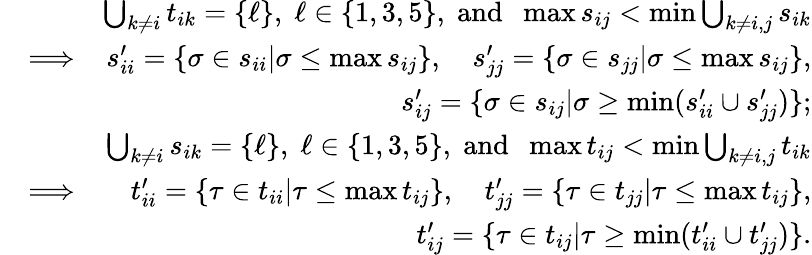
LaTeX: \begin{array}{rlr}&{}&{\bigcup_{k\neq i}t_{ik}=\{ \ell\} ,\; \ell\in\{ 1,3,5\} ,\; \mathrm{and}\; \; \operatorname*{max}s_{ij}<\operatorname*{min}\bigcup_{k\neq i,j}s_{ik}}\\ &{\Longrightarrow}&{s_{ii}^{\prime}=\{ \sigma\in s_{ii}|\sigma\le\operatorname*{max}s_{ij}\} ,\quad s_{jj}^{\prime}=\{ \sigma\in s_{jj}|\sigma\le\operatorname*{max}s_{ij}\} ,}\\ &{}&{s_{ij}^{\prime}=\{ \sigma\in s_{ij}|\sigma\ge\operatorname*{min}(s_{ii}^{\prime}\cup s_{jj}^{\prime})\} ;}\\ &{}&{\bigcup_{k\neq i}s_{ik}=\{ \ell\} ,\; \ell\in\{ 1,3,5\} ,\; \mathrm{and}\; \; \operatorname*{max}t_{ij}<\operatorname*{min}\bigcup_{k\neq i,j}t_{ik}}\\ &{\Longrightarrow}&{t_{ii}^{\prime}=\{ \tau\in t_{ii}|\tau\le\operatorname*{max}t_{ij}\} ,\quad t_{jj}^{\prime}=\{ \tau\in t_{jj}|\tau\le\operatorname*{max}t_{ij}\} ,}\\ &{}&{t_{ij}^{\prime}=\{ \tau\in t_{ij}|\tau\ge\operatorname*{min}(t_{ii}^{\prime}\cup t_{jj}^{\prime})\} .}\end{array}